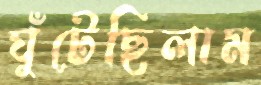
ঘুঁটেছিলাম